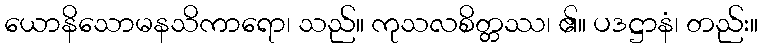
ယောနိသောမနသိကာရော၊ သည်။ ကုသလစိတ္တဿ၊ ၏။ ပဒဋ္ဌာနံ၊ တည်း။